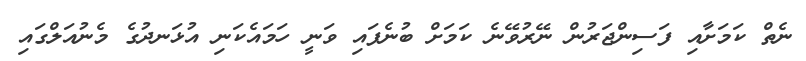
ނެތް ކަމަށާއި ފަސިންޖަރުން ނޭރުވޭނެ ކަމަށް ބުނެފައި ވަނީ ހަމައެކަނި އުޅަނދުގެ މެނުއަލްގައި